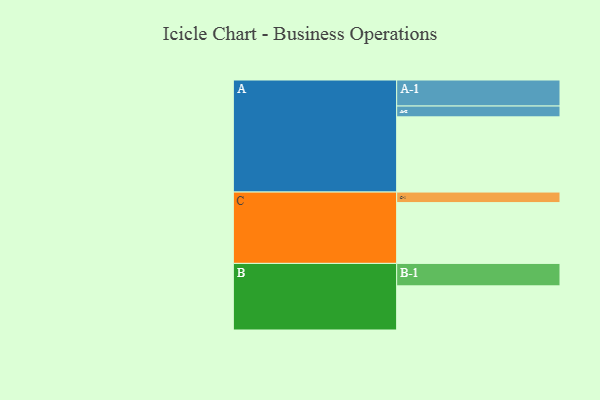
{"axis": {"x": "Segment", "y": "Value"}, "legend": ["", "A", "B", "C"], "data": [{"x": "A", "y": 569, "type": ""}, {"x": "B", "y": 334, "type": ""}, {"x": "C", "y": 460, "type": ""}, {"x": "A-1", "y": 197, "type": "A"}, {"x": "A-2", "y": 82, "type": "A"}, {"x": "B-1", "y": 170, "type": "B"}, {"x": "C-1", "y": 80, "type": "C"}]}